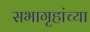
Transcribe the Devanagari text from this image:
सभागृहांच्या